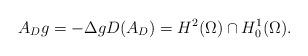
LaTeX: \begin{align*}A_{D}g=-\Delta gD(A_{D})=H^{2}(\Omega )\cap H_{0}^{1}(\Omega ).\end{align*}